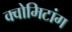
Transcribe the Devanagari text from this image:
क्वोमिटांग